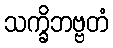
သက္ခိဘဗ္ဗတံ